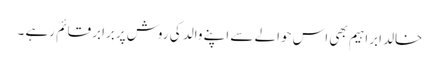
خالد ابراہیم بھی اس حوالے سے اپنے والد کی روش پربرابر قائم رہے ۔